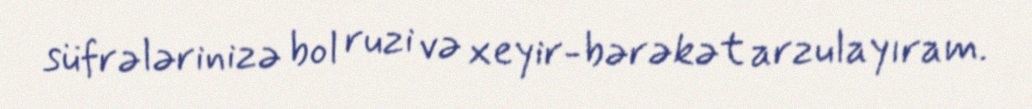
süfrələrinizə bol ruzi və xeyir-bərəkət arzulayıram.